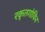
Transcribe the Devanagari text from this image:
रकृतगोविन